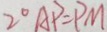
2 ^ { \circ } A P = P M